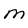
Character: M